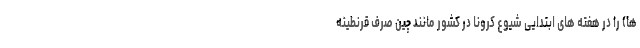
ها) را در هفته های ابتدایی شیوع کرونا در کشور مانند چین صرف قرنطینه